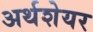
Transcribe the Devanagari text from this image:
अर्थशेयर